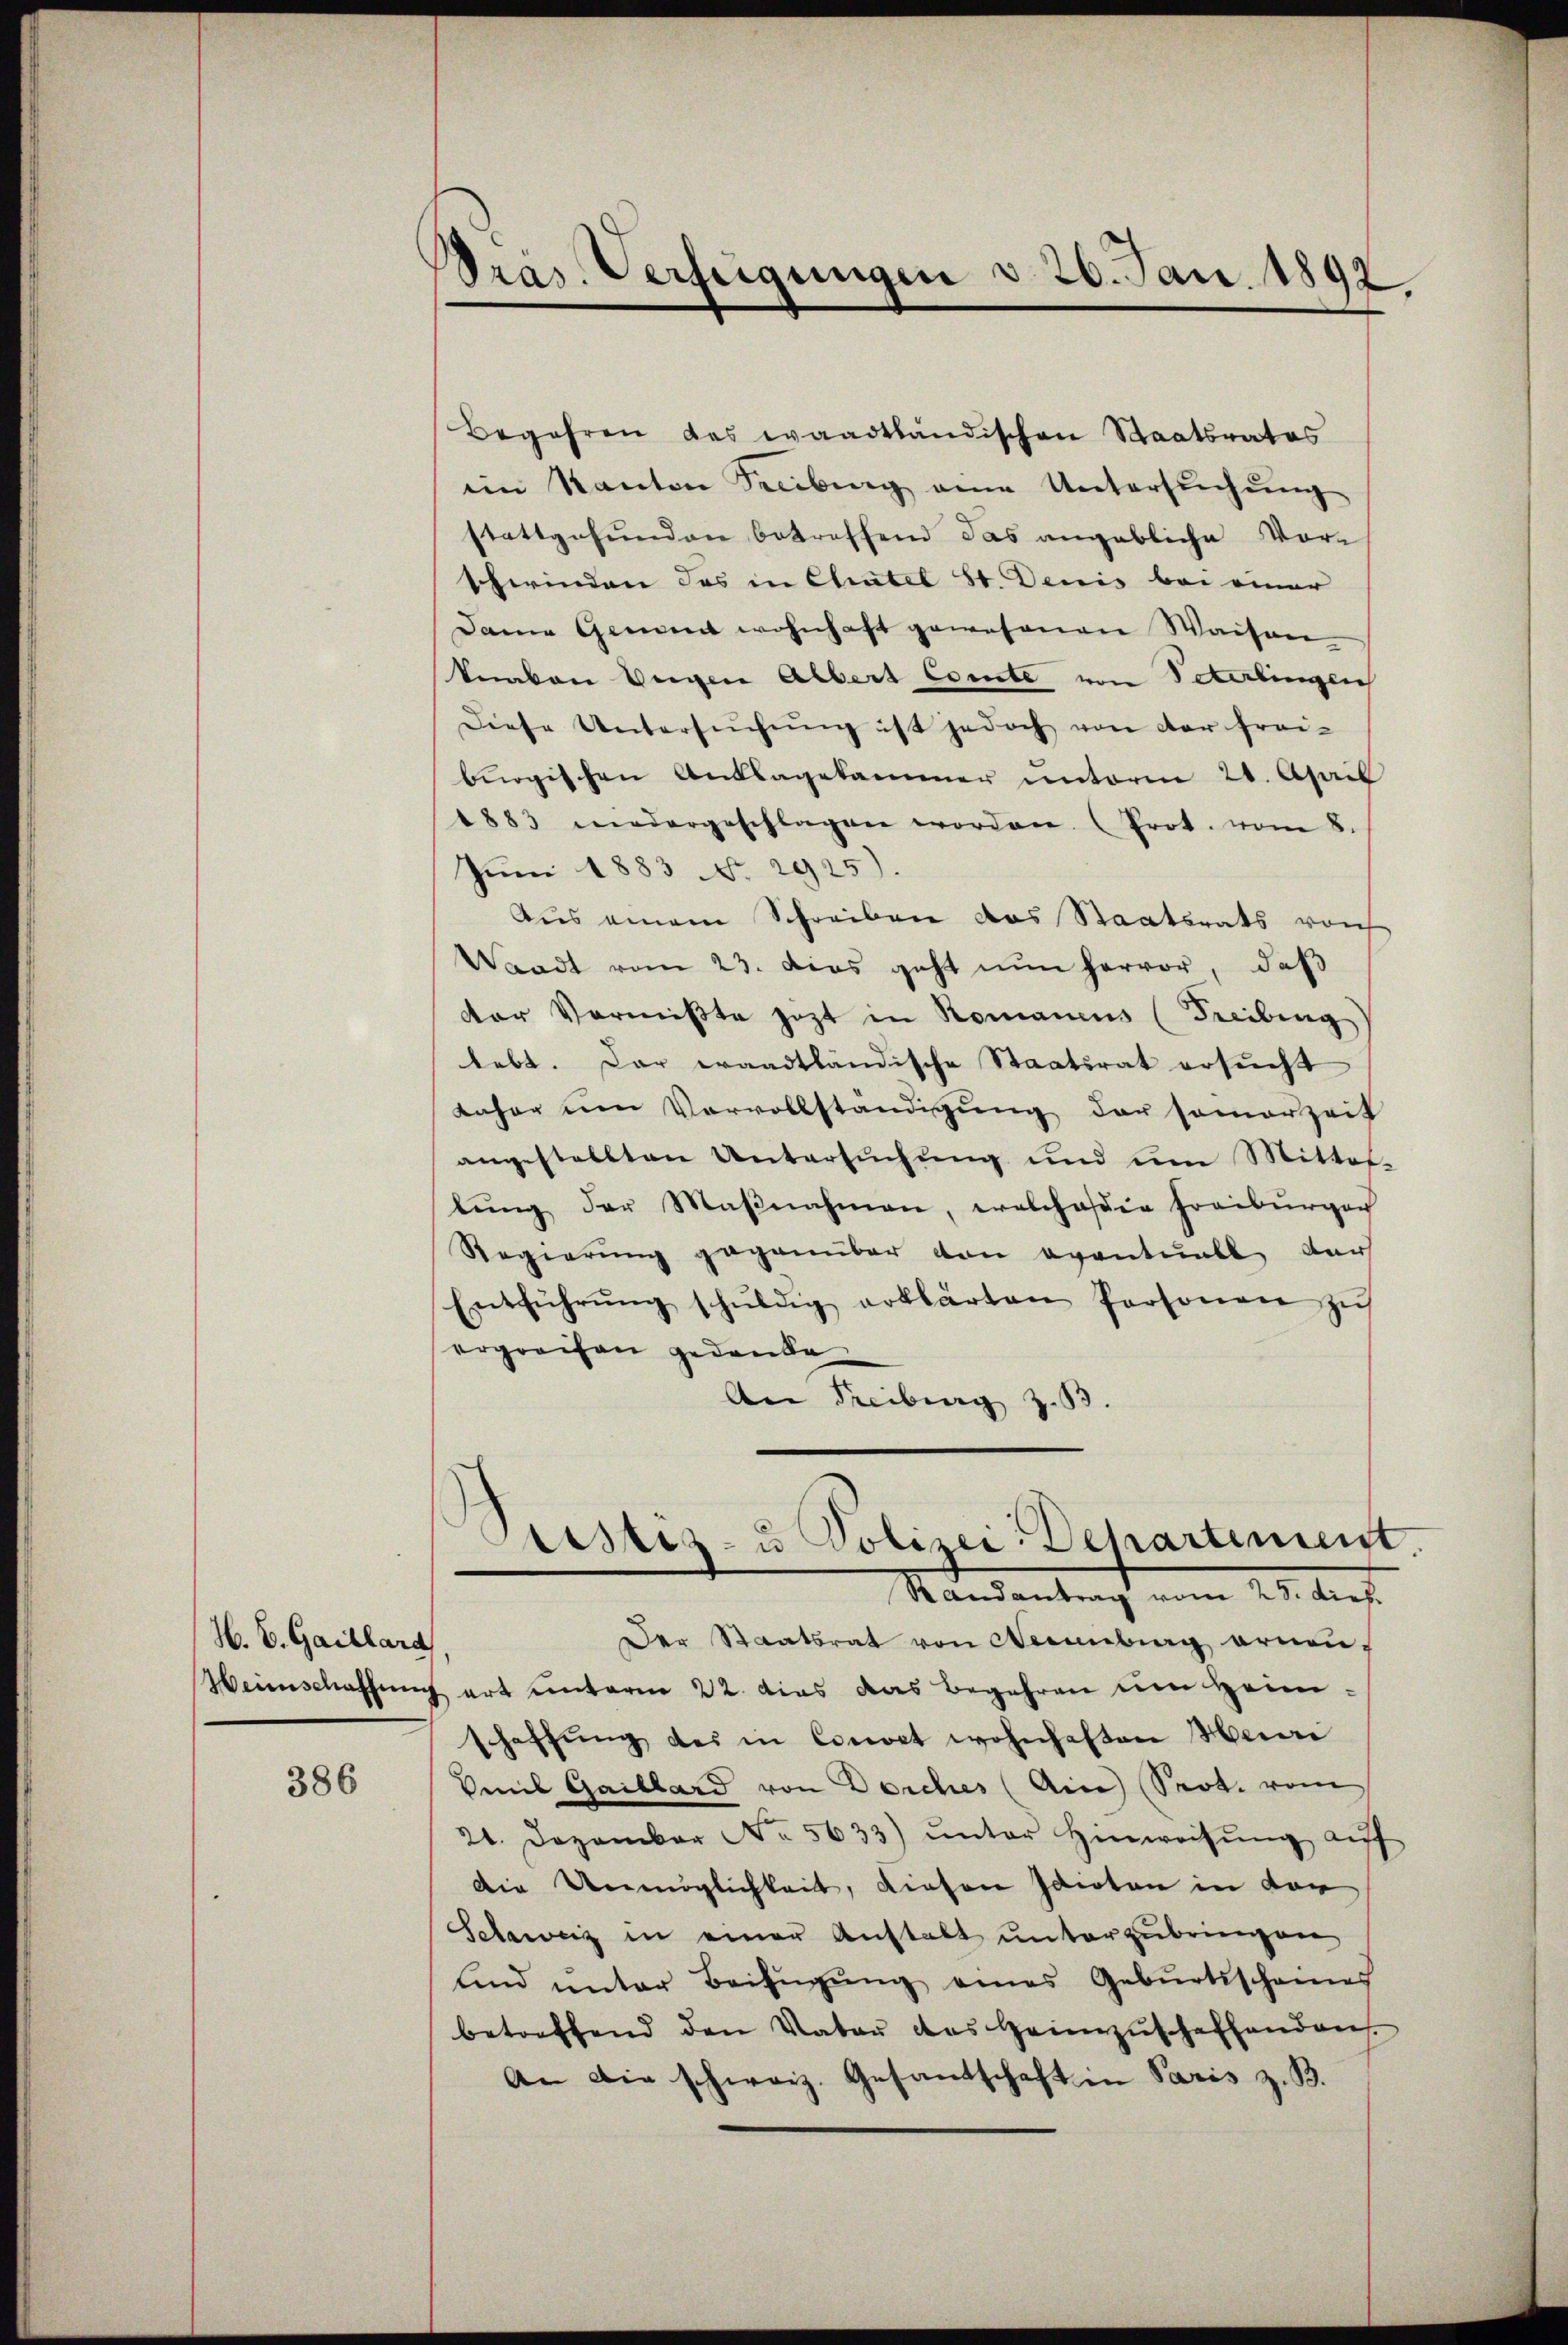
H. V. Gaillara

386

Präs. Verfügungen d. 20. Jan. 1892

Begehren das waadtländischen Staatsrates
iin Kanton Seciburg eine Untersŭchŭng
stattgefunden betreffend das angebliche Vorschwinden das in Chatel St. Denis bei einer
Dann Gement wohnhaft gewesenen Waisen
knaben Weigen Albert Comte von Peterlingen
Diese Untersŭchŭng ist jedoch von der frei-
bürgischen Anklagekammer ŭnterm 20. April
1883 wiedergeschlagen worden. (Prot. vom 8.
Juni 1883 No 2925).
Aus einem Schreiben das Staatsrats von
Waadt vom 23. dies geht nun hervor, daβ
dor Vormißte jetzt in Romanius (Freibung
lebt. Das waadtländische Staatsrat ersŭcht
daher um Vervollständigung der samerzeit
angestellten Untersuchung und um Mittel-
lŭng der Maβnahmen, welchaβig Freiburger
Regierung gegenüber von eventuell dar
Entführŭng schŭldig erklärten Personen zŭ
ergreifen gedanke
An Freiburg z. B.
Sistiz- u Polizei-Departement
Randantrag vom 25. dieß.
Der Staatsrat von Neuenburg ornen-
Weinschaffung art unterm 22. dies das Begehren um Heimschaffŭng des in Const wohnhaften Heinri
Veil Gaillard von Deiches (Ain Spot. vom
21. Dezember No. 5633) ŭnter Hinweisŭng aŭf
Die Unmöglichkeit, diesen Idioten in der
Schweiz in einer Anstalt unterzubringen
ŭnd ŭnter Beifügŭng eines Geburtsscheines
betreffend den Vater das Heimzŭschaffenden.
An die schweiz. Gesandschaft in Paris z. B.